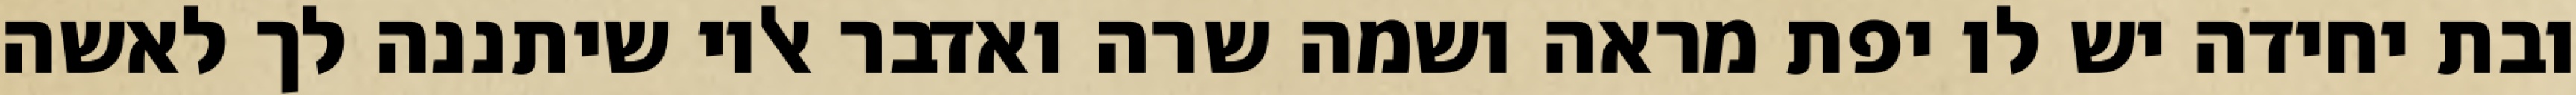
ובת יחידה יש לו יפת מראה ושמה שרה ואדבר אליו שיתננה לך לאשה